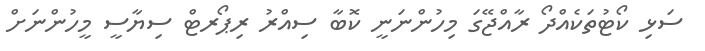
ސަޅި ކޯޓުތަކެއްދޯ ރާއްޖޭގަ މިހުންނަނީ ކޮބާ ސިއްރު ރިޕޯރޓް ސިޔާސީ މީހުންނަށް